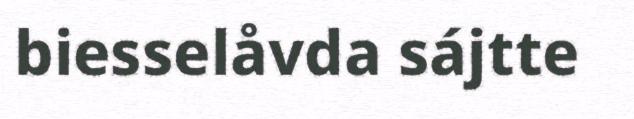
biesselåvda sájtte